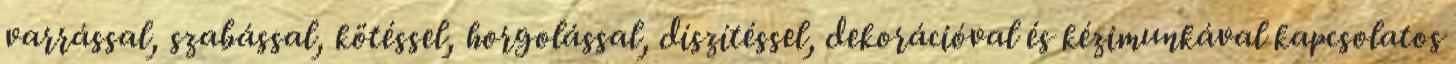
varrással, szabással, kötéssel, horgolással, díszítéssel, dekorációval és kézimunkával kapcsolatos